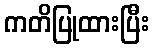
ကတိပြုထားပြီး